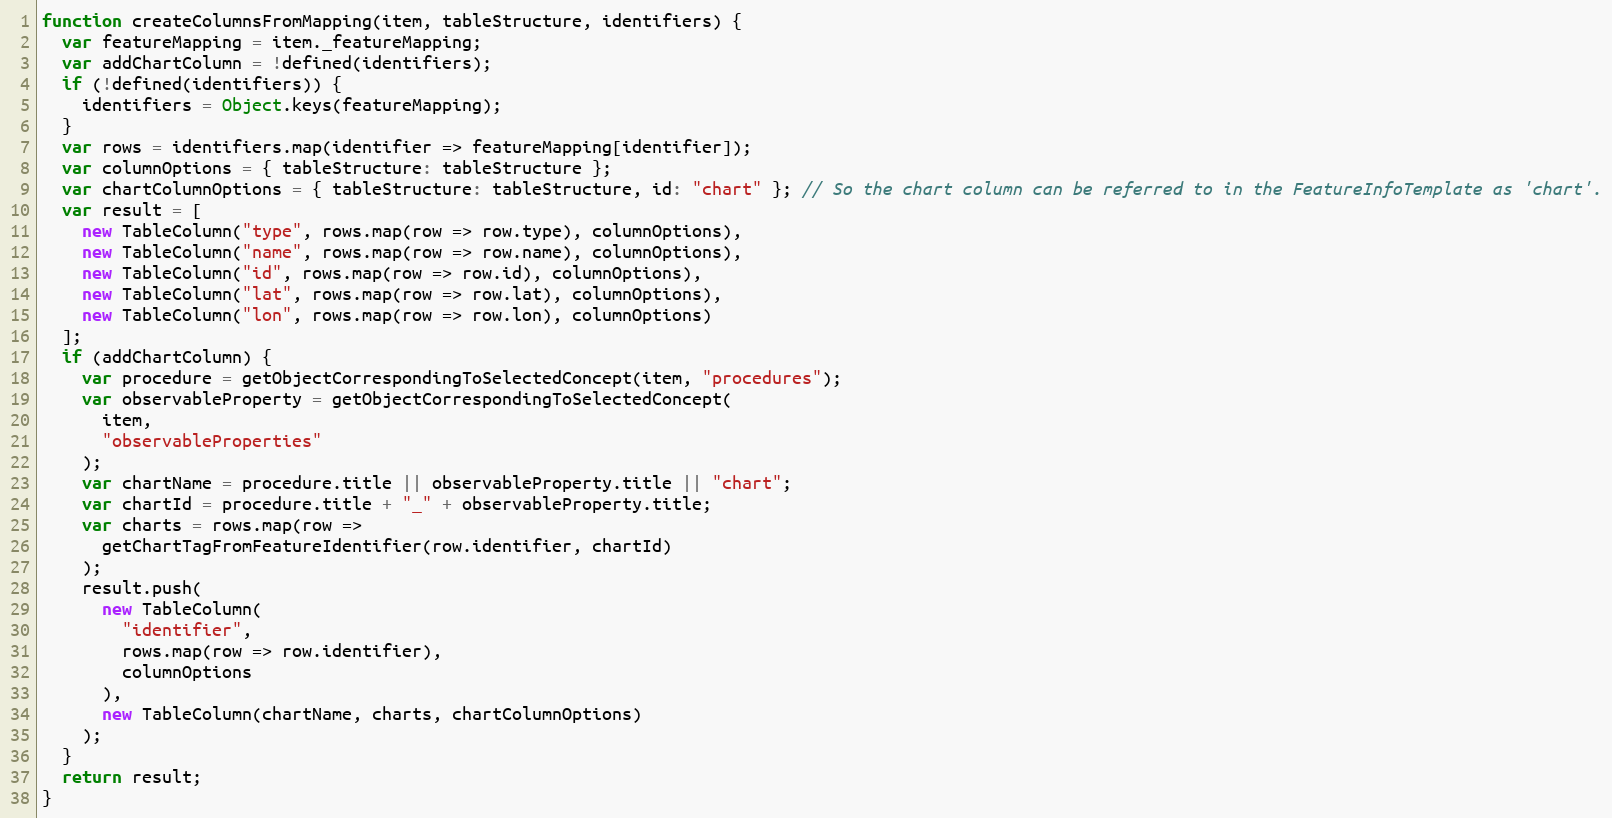
Language: JavaScript
function createColumnsFromMapping(item, tableStructure, identifiers) {
  var featureMapping = item._featureMapping;
  var addChartColumn = !defined(identifiers);
  if (!defined(identifiers)) {
    identifiers = Object.keys(featureMapping);
  }
  var rows = identifiers.map(identifier => featureMapping[identifier]);
  var columnOptions = { tableStructure: tableStructure };
  var chartColumnOptions = { tableStructure: tableStructure, id: "chart" }; // So the chart column can be referred to in the FeatureInfoTemplate as 'chart'.
  var result = [
    new TableColumn("type", rows.map(row => row.type), columnOptions),
    new TableColumn("name", rows.map(row => row.name), columnOptions),
    new TableColumn("id", rows.map(row => row.id), columnOptions),
    new TableColumn("lat", rows.map(row => row.lat), columnOptions),
    new TableColumn("lon", rows.map(row => row.lon), columnOptions)
  ];
  if (addChartColumn) {
    var procedure = getObjectCorrespondingToSelectedConcept(item, "procedures");
    var observableProperty = getObjectCorrespondingToSelectedConcept(
      item,
      "observableProperties"
    );
    var chartName = procedure.title || observableProperty.title || "chart";
    var chartId = procedure.title + "_" + observableProperty.title;
    var charts = rows.map(row =>
      getChartTagFromFeatureIdentifier(row.identifier, chartId)
    );
    result.push(
      new TableColumn(
        "identifier",
        rows.map(row => row.identifier),
        columnOptions
      ),
      new TableColumn(chartName, charts, chartColumnOptions)
    );
  }
  return result;
}